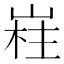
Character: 嵀